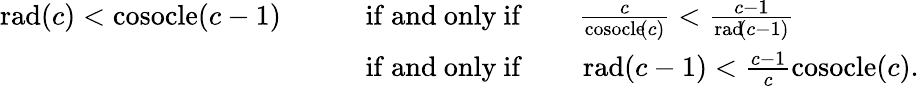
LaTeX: \begin{array}{rl}{\operatorname{rad}\! \left(c\right)<\operatorname{cosocle}\! \left(c-1\right)\qquad}&{\mathrm{if~and~only~if}\qquad\frac{c}{\operatorname{cosocle}\! \left(c\right)}<\frac{c-1}{\operatorname{rad}\! \left(c-1\right)}}\\ &{\mathrm{if~and~only~if}\qquad\operatorname{rad}\! \left(c-1\right)<\frac{c-1}{c}\operatorname{cosocle}\! \left(c\right).}\end{array}